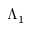
\Lambda _ { 1 }